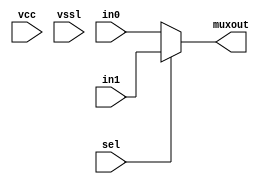
// This program was cloned from: https://github.com/intel/aib-phy-hardware
// License: Apache License 2.0

// SPDX-License-Identifier: Apache-2.0
// Copyright (C) 2019 Intel Corporation. All rights reserved
// Library - aibcr_lib, Cell - aibcr_red_clkmux2, View - schematic
// LAST TIME SAVED: May 14 14:31:29 2015
// NETLIST TIME: May 14 14:36:18 2015

module aibcr3_red_clkmux2 ( muxout, in0, in1, sel, vcc, vssl );

output  muxout;

input  in0, in1, sel, vcc, vssl;




assign muxout = sel ?  in1 : in0 ;


endmodule